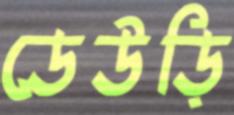
ডেউড়ি